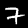
Digit: 7